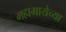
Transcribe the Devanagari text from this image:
महामायेच्या